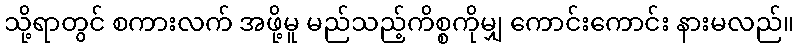
သို့ရာတွင် စကားလက် အဖို့မူ မည်သည့်ကိစ္စကိုမျှ ကောင်းကောင်း နားမလည်။